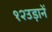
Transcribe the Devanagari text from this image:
१२उड़ानें